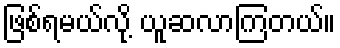
ဖြစ်ရမယ်လို့ ယူဆလာကြတယ်။